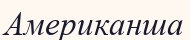
Американша